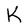
Character: K